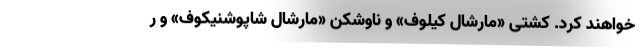
خواهند کرد. کشتی‌ «مارشال کیلوف» و ناوشکن «مارشال شاپوشنیکوف» و ر